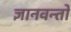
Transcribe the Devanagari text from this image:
ज्ञानवन्तो